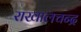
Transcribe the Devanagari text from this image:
राखालचन्द्र